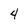
Character: 4